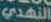
النهدي